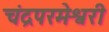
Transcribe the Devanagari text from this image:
चंद्रपरमेश्वरी